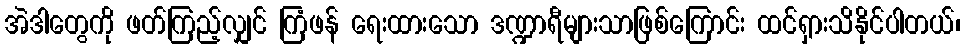
အဲဒါတွေကို ဖတ်ကြည့်လျှင် ကြံဖန် ရေးထားသော ဒဏ္ဍာရီများသာဖြစ်ကြောင်း ထင်ရှားသိနိုင်ပါတယ်၊